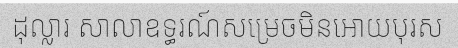
ដុល្លារ សាលាឧទ្ធរណ៍សម្រេចមិនអោយបុរស